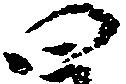
四